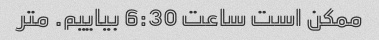
ممکن است ساعت 6:30 بیاییم. متر